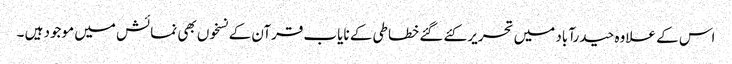
اس کے علاوہ حیدرآباد میں تحریر کئے گئے خطاطی کے نایاب قرآن کے نسخوں بھی نمائش میں موجود ہیں ۔